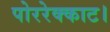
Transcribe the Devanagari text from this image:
पोररेक्काट।